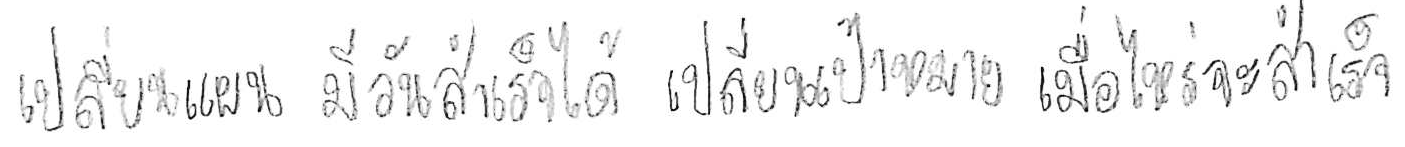
เปลี่ยนแผน มีวันสำเร็จได้ เปลี่ยนเป้าหมาย เมื่อไหร่จะสำเร็จ